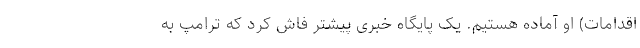
اقدامات) او آماده هستیم. یک پایگاه خبری پیشتر فاش کرد که ترامپ به